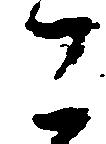
こ